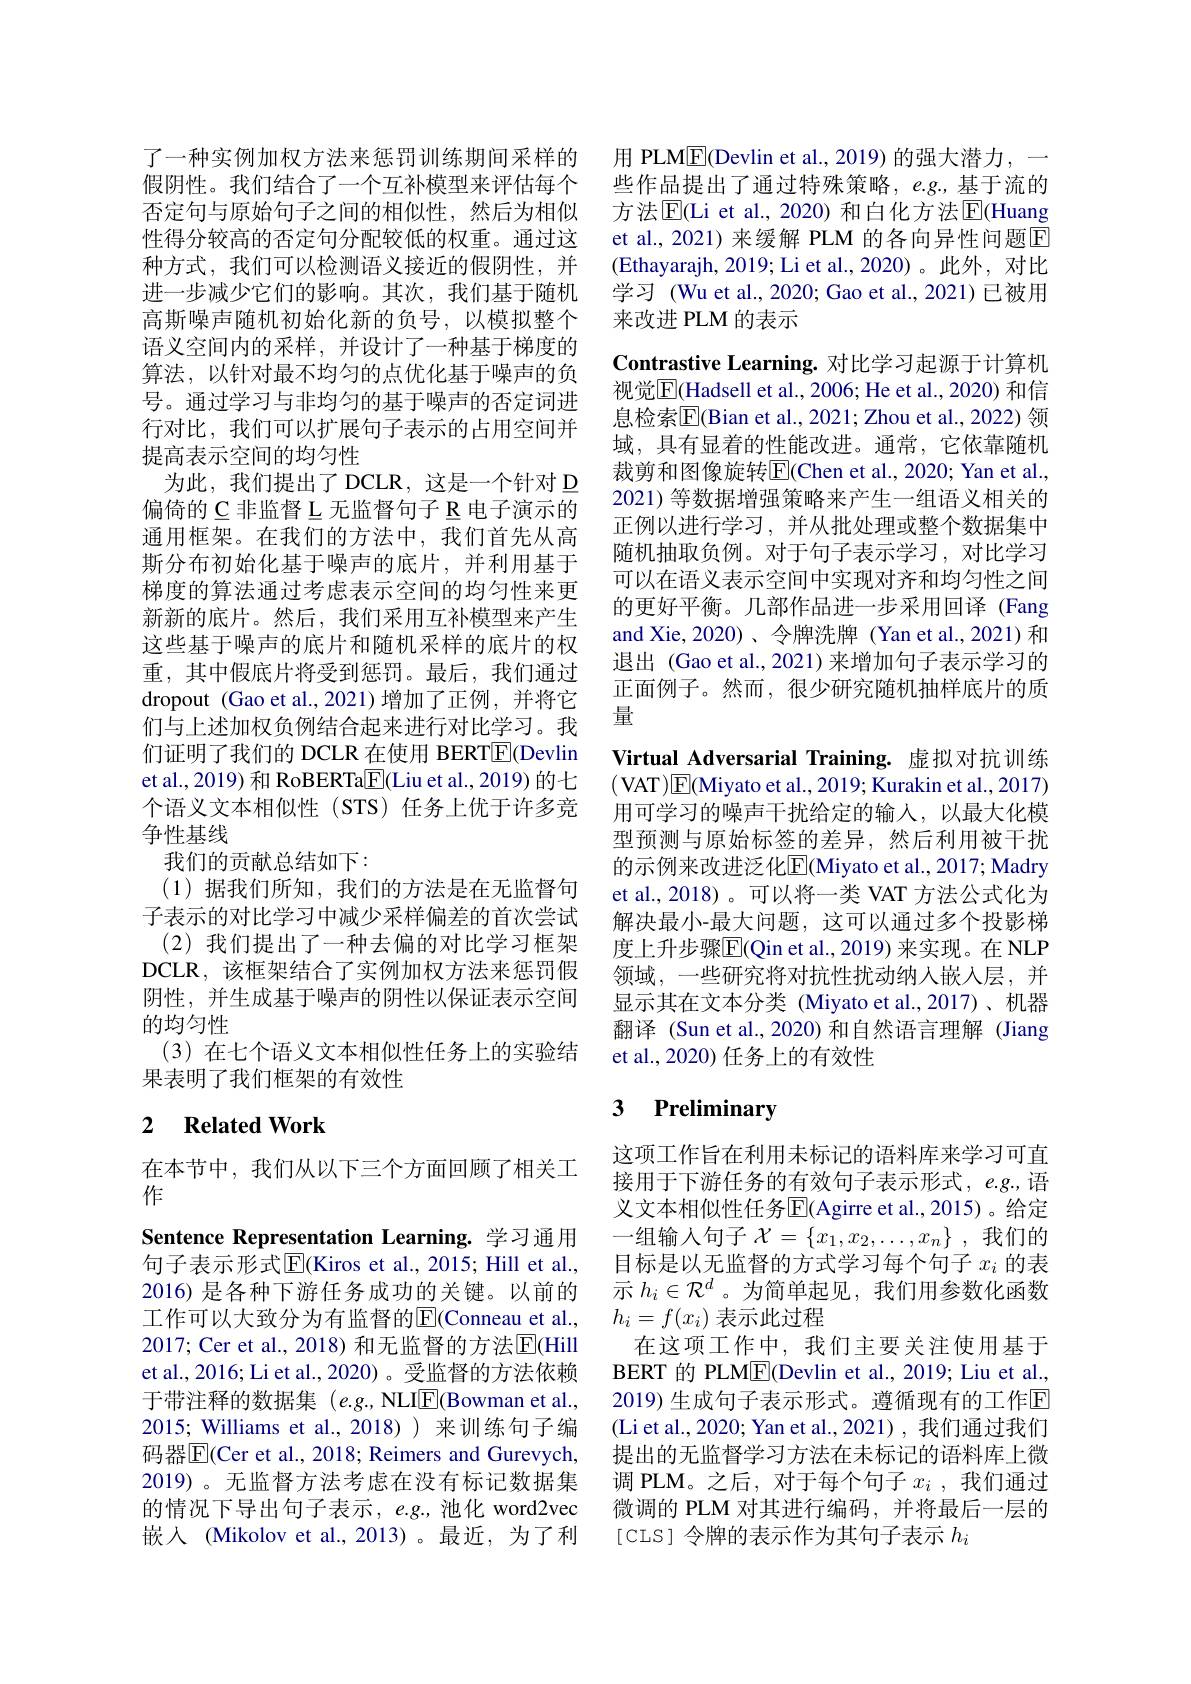
了一种实例加权方法来惩罚训练期间采样的假阴性。我们结合了一个互补模型来评估每个否定句与原始句子之间的相似性，然后为相似性得分较高的否定句分配较低的权重。通过这种方式，我们可以检测语义接近的假阴性，并进一步减少它们的影响。其次，我们基于随机高斯噪声随机初始化新的负号，以模拟整个语义空间内的采样，并设计了一种基于梯度的算法，以针对最不均匀的点优化基于噪声的负号。通过学习与非均匀的基于噪声的否定词进行对比，我们可以扩展句子表示的占用空间并提高表示空间的均匀性
为此，我们提出了DCLR，这是一个针对 D 偏倚的 C 非监督 L 无监督句子 R 电子演示的通用框架。在我们的方法中，我们首先从高斯分布初始化基于噪声的底片，并利用基于梯度的算法通过考虑表示空间的均匀性来更新新的底片。然后，我们采用互补模型来产生这些基于噪声的底片和随机采样的底片的权重，其中假底片将受到惩罚。最后，我们通过dropout (Gao et al.,2021)增加了正例，并将它们与上述加权负例结合起来进行对比学习。我们证明了我们的 DCLR 在使用 BERT$\boxed{\mathrm{F}}$(Devlin et al., 2019) 和 RoBERTa$\boxed{\mathrm{F}}($Liu et al., 2019) 的七个语义文本相似性(STS)任务上优于许多竞争性基线
我们的贡献总结如下：
(1)据我们所知，我们的方法是在无监督句子表示的对比学习中减少采样偏差的首次尝试(2)我们提出了一种去偏的对比学习框架
DCLR,该框架结合了实例加权方法来惩罚假阴性，并生成基于噪声的阴性以保证表示空间的均匀性
(3)在七个语义文本相似性任务上的实验结
果表明了我们框架的有效性

## 2 $\textbf{Related Work}$

在本节中，我们从以下三个方面回顾了相关工
作
Sentence Representation Learning. 学习通用句子表示形式$\overline{\mathrm{E}}($Kiros et al., 2015; Hill et al., 2016) 是各种下游任务成功的关键。以前的工作可以大致分为有监督的$\overline{\mathrm{E}}($Conneau et al., 2017; Cer et al., 2018) 和无监督的方法$\overline{\mathrm{E}}($Hill et al., 2016; Li et al., 2020) 。受监督的方法依赖于带注释的数据集(e.g.,NLIE(Bowman et al., 2015; Williams et al.,2018) 来训练句子编码器$\overline{\mathrm{E}}($Cer et al., 2018; Reimers and Gurevych, 2019)。无监督方法考虑在没有标记数据集的情况下导出句子表示，e.g.,池化 word2vec 嵌入 (Mikolov et al., 2013)。最近，为了利

用 PLME(Devlin et al., 2019) 的强大潜力，一些作品提出了通过特殊策略，$e.g.$,基于流的方法$\operatorname{E}($Li et al., 2020) 和白化方法$\operatorname{E}($Huang et al.,2021)来缓解 PLM 的各向异性问题$\overline{\mathrm{E}}$ (Ethayarajh, 2019; Li et al., 2020)。此外，对比学习 (Wu et al., 2020; Gao et al., 2021) 已被用来改进 PLM 的表示

Contrastive Learning. 对比学习起源于计算机视觉$\overline{\mathrm{E}}($Hadsell et al., 2006; He et al., 2020) 和信息检索$\overline{\mathrm{E}}($Bian et al., 2021; Zhou et al., 2022) 领域，具有显着的性能改进。通常，它依靠随机裁剪和图像旋转$\overline{\mathrm{E}}($Chen et al.,2020; Yan et al., 2021) 等数据增强策略来产生一组语义相关的正例以进行学习，并从批处理或整个数据集中随机抽取负例。对于句子表示学习，对比学习可以在语义表示空间中实现对齐和均匀性之间的更好平衡。几部作品进一步采用回译(Fang and Xie, 2020)、令牌洗牌 (Yan et al.,2021) 和退出 (Gao et al., 2021) 来增加句子表示学习的正面例子。然而，很少研究随机抽样底片的质量
Virtual Adversarial Training.虚拟对抗训练(VAT$)\boxed{\mathrm{E}}($Miyato et al., 2019; Kurakin et al., 2017) 用可学习的噪声干扰给定的输入，以最大化模型预测与原始标签的差异，然后利用被干扰的示例来改进泛化$\overline{\mathrm{E}}($Miyato et al., 2017; Madry et al., 2018)。可以将一类 VAT 方法公式化为解决最小-最大问题，这可以通过多个投影梯度上升步骤$\overline{\mathrm{E}}($Qin et al., 2019) 来实现。在 NLP 领域，一些研究将对抗性扰动纳入嵌入层，并显示其在文本分类 (Miyato et al.,2017)、机器翻译 (Sun et al.,2020) 和自然语言理解 (Jiang et al., 2020) 任务上的有效性

# 3 Preliminary

这项工作旨在利用未标记的语料库来学习可直接用于下游任务的有效句子表示形式，e.g.,语义文本相似性任务$\overline{\mathrm{E}}($Agirre et al.,2015)。给定一组输入句子$\mathcal{X}=\{x_1,x_2,\ldots,x_n\}$ ,我们的目标是以无监督的方式学习每个句子$x_i$的表示$h_i\in\mathcal{R}^d$ 。为简单起见，我们用参数化函数$h_i=f(x_i)$表示此过程
在这项工作中，我们主要关注使用基于BERT 的 PLME(Devlin et al., 2019; Liu et al., 2019) 生成句子表示形式。遵循现有的工作回(Li et al., 2020; Yan et al., 2021), 我们通过我们提出的无监督学习方法在未标记的语料库上微调 PLM。之后，对于每个句子$x_i$ ,我们通过微调的 PLM 对其进行编码，并将最后一层的[ CLS] 令牌的表示作为其句子表示$h_i$